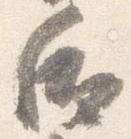
后